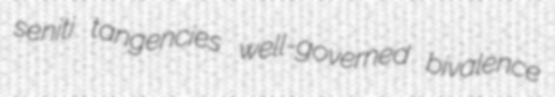
seniti tangencies well-governed bivalence